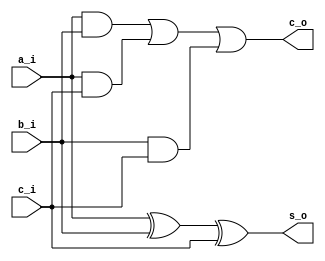

// Generated by Cadence Genus(TM) Synthesis Solution GENUS15.20 - 15.20-p004_1
// Generated on: May 12 2024 07:19:00

// Verification Directory fv/synth_wrapper 

module full_adder(a_i, b_i, c_i, s_o, c_o);
  input a_i, b_i, c_i;
  output s_o, c_o;
  wire a_i, b_i, c_i;
  wire s_o, c_o;
  wire n_3, n_5, n_6, n_7, n_8;
  xor g1 (n_3, a_i, b_i);
  xor g2 (s_o, n_3, c_i);
  and g3 (n_5, a_i, b_i);
  and g4 (n_6, a_i, c_i);
  or g5 (n_7, n_5, n_6);
  and g6 (n_8, b_i, c_i);
  or g7 (c_o, n_7, n_8);
endmodule

module adder_4bit(a_i, b_i, s_o);
  input [3:0] a_i, b_i;
  output [3:0] s_o;
  wire [3:0] a_i, b_i;
  wire [3:0] s_o;
  wire [3:0] c_w;
  wire UNCONNECTED;
  full_adder A0(a_i[0], b_i[0], 1'b0, s_o[0], c_w[0]);
  full_adder A1(a_i[1], b_i[1], c_w[0], s_o[1], c_w[1]);
  full_adder A2(a_i[2], b_i[2], c_w[1], s_o[2], c_w[2]);
  full_adder A3(a_i[3], b_i[3], c_w[2], s_o[3], UNCONNECTED);
endmodule

module full_subtractor(a_i, b_i, c_i, d_o, b_o);
  input a_i, b_i, c_i;
  output d_o, b_o;
  wire a_i, b_i, c_i;
  wire d_o, b_o;
  wire n_3, n_5, n_6, n_7, n_8;
  xor g1 (n_3, a_i, b_i);
  xor g2 (d_o, n_3, c_i);
  not g3 (n_5, a_i);
  xor g4 (n_6, b_i, c_i);
  and g5 (n_7, n_5, n_6);
  and g6 (n_8, b_i, c_i);
  or g7 (b_o, n_7, n_8);
endmodule

module subtractor_4bit(a_i, b_i, d_o);
  input [3:0] a_i, b_i;
  output [3:0] d_o;
  wire [3:0] a_i, b_i;
  wire [3:0] d_o;
  wire [3:0] b_w;
  wire UNCONNECTED0;
  full_subtractor S0(a_i[0], b_i[0], 1'b0, d_o[0], b_w[0]);
  full_subtractor S1(a_i[1], b_i[1], b_w[0], d_o[1], b_w[1]);
  full_subtractor S2(a_i[2], b_i[2], b_w[1], d_o[2], b_w[2]);
  full_subtractor S3(a_i[3], b_i[3], b_w[2], d_o[3], UNCONNECTED0);
endmodule

module counter_4bit(clk_i, rst_ni, sel_i, out_o);
  input clk_i, rst_ni, sel_i;
  output [3:0] out_o;
  wire clk_i, rst_ni, sel_i;
  wire [3:0] out_o;
  wire [3:0] add_d;
  wire [3:0] sub_d;
  wire n_13, n_15, n_16, n_17, n_18;
  adder_4bit A0(out_o, 4'b0001, add_d);
  subtractor_4bit S0(out_o, 4'b0001, sub_d);
  not g1 (n_13, rst_ni);
  CDN_flop \out_d_reg[0] (.clk (clk_i), .d (n_15), .sena (1'b1), .aclr
       (n_13), .apre (1'b0), .srl (1'b0), .srd (1'b0), .q (out_o[0]));
  CDN_flop \out_d_reg[1] (.clk (clk_i), .d (n_16), .sena (1'b1), .aclr
       (n_13), .apre (1'b0), .srl (1'b0), .srd (1'b0), .q (out_o[1]));
  CDN_flop \out_d_reg[2] (.clk (clk_i), .d (n_17), .sena (1'b1), .aclr
       (n_13), .apre (1'b0), .srl (1'b0), .srd (1'b0), .q (out_o[2]));
  CDN_flop \out_d_reg[3] (.clk (clk_i), .d (n_18), .sena (1'b1), .aclr
       (n_13), .apre (1'b0), .srl (1'b0), .srd (1'b0), .q (out_o[3]));
  CDN_bmux2 mux_out_d_16_8_g1(.sel0 (sel_i), .data0 (sub_d[3]), .data1
       (add_d[3]), .z (n_18));
  CDN_bmux2 mux_out_d_16_8_g2(.sel0 (sel_i), .data0 (sub_d[2]), .data1
       (add_d[2]), .z (n_17));
  CDN_bmux2 mux_out_d_16_8_g3(.sel0 (sel_i), .data0 (sub_d[1]), .data1
       (add_d[1]), .z (n_16));
  CDN_bmux2 mux_out_d_16_8_g4(.sel0 (sel_i), .data0 (sub_d[0]), .data1
       (add_d[0]), .z (n_15));
endmodule

module synth_wrapper(rst_n, clk, sel, out);
  input rst_n, clk, sel;
  output [3:0] out;
  wire rst_n, clk, sel;
  wire [3:0] out;
  wire n_6, \out_reg[0]_14 , \out_reg[1]_15 , \out_reg[2]_16 ,
       \out_reg[3]_17 , sel_reg;
  counter_4bit C0(clk, rst_n, sel_reg, {\out_reg[3]_17 , \out_reg[2]_16
       , \out_reg[1]_15 , \out_reg[0]_14 });
  not g1 (n_6, rst_n);
  CDN_flop \out_reg[0] (.clk (clk), .d (\out_reg[0]_14 ), .sena (1'b1),
       .aclr (n_6), .apre (1'b0), .srl (1'b0), .srd (1'b0), .q
       (out[0]));
  CDN_flop \out_reg[1] (.clk (clk), .d (\out_reg[1]_15 ), .sena (1'b1),
       .aclr (n_6), .apre (1'b0), .srl (1'b0), .srd (1'b0), .q
       (out[1]));
  CDN_flop \out_reg[2] (.clk (clk), .d (\out_reg[2]_16 ), .sena (1'b1),
       .aclr (n_6), .apre (1'b0), .srl (1'b0), .srd (1'b0), .q
       (out[2]));
  CDN_flop \out_reg[3] (.clk (clk), .d (\out_reg[3]_17 ), .sena (1'b1),
       .aclr (n_6), .apre (1'b0), .srl (1'b0), .srd (1'b0), .q
       (out[3]));
  CDN_flop sel_reg_reg(.clk (clk), .d (sel), .sena (1'b1), .aclr (n_6),
       .apre (1'b0), .srl (1'b0), .srd (1'b0), .q (sel_reg));
endmodule

`ifdef RC_CDN_GENERIC_GATE
`else
module CDN_flop(clk, d, sena, aclr, apre, srl, srd, q);
  input clk, d, sena, aclr, apre, srl, srd;
  output q;
  wire clk, d, sena, aclr, apre, srl, srd;
  wire q;
  reg  qi;
  assign #1 q = qi;
  always 
    @(posedge clk or posedge apre or posedge aclr) 
      if (aclr) 
        qi <= 0;
      else if (apre) 
          qi <= 1;
        else if (srl) 
            qi <= srd;
          else begin
            if (sena) 
              qi <= d;
          end
  initial 
    qi <= 1'b0;
endmodule
`endif
`ifdef RC_CDN_GENERIC_GATE
`else
`ifdef ONE_HOT_MUX
module CDN_bmux2(sel0, data0, data1, z);
  input sel0, data0, data1;
  output z;
  wire sel0, data0, data1;
  reg  z;
  always 
    @(sel0 or data0 or data1) 
      case ({sel0})
       1'b0: z = data0;
       1'b1: z = data1;
      endcase
endmodule
`else
module CDN_bmux2(sel0, data0, data1, z);
  input sel0, data0, data1;
  output z;
  wire sel0, data0, data1;
  wire z;
  wire inv_sel0, w_0, w_1;
  not i_0 (inv_sel0, sel0);
  and a_0 (w_0, inv_sel0, data0);
  and a_1 (w_1, sel0, data1);
  or org (z, w_0, w_1);
endmodule
`endif // ONE_HOT_MUX
`endif